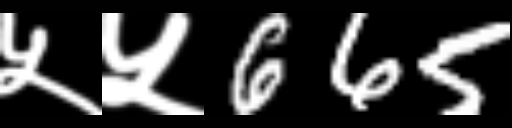
Text: ५५665